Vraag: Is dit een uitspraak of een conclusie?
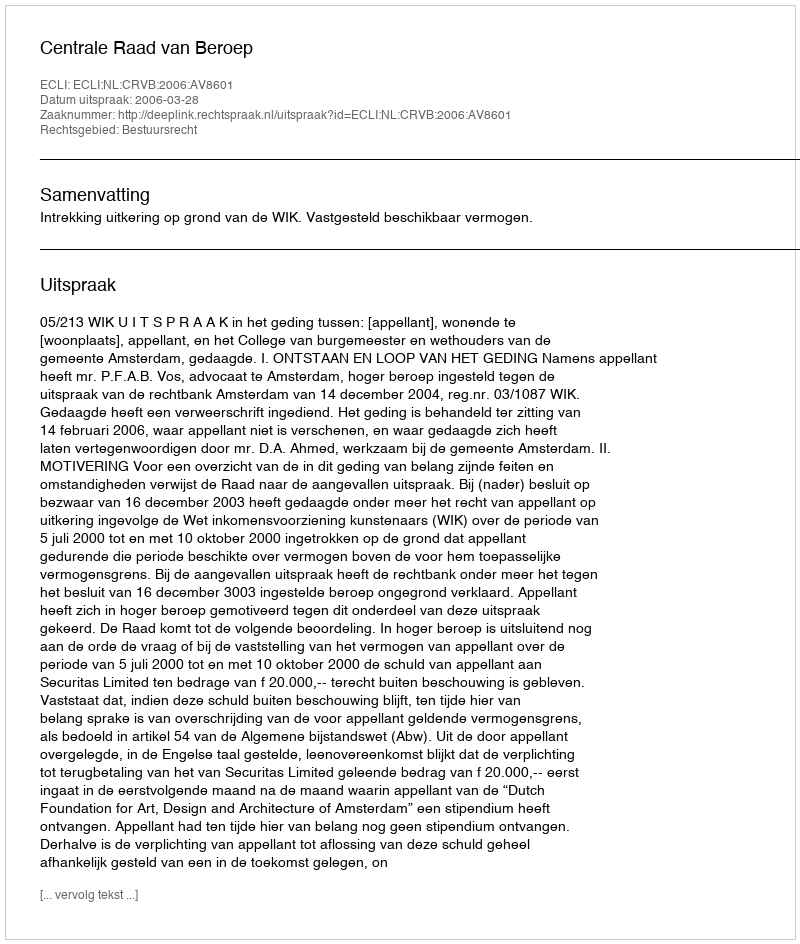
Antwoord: Uitspraak